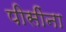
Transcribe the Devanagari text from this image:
पीसींना